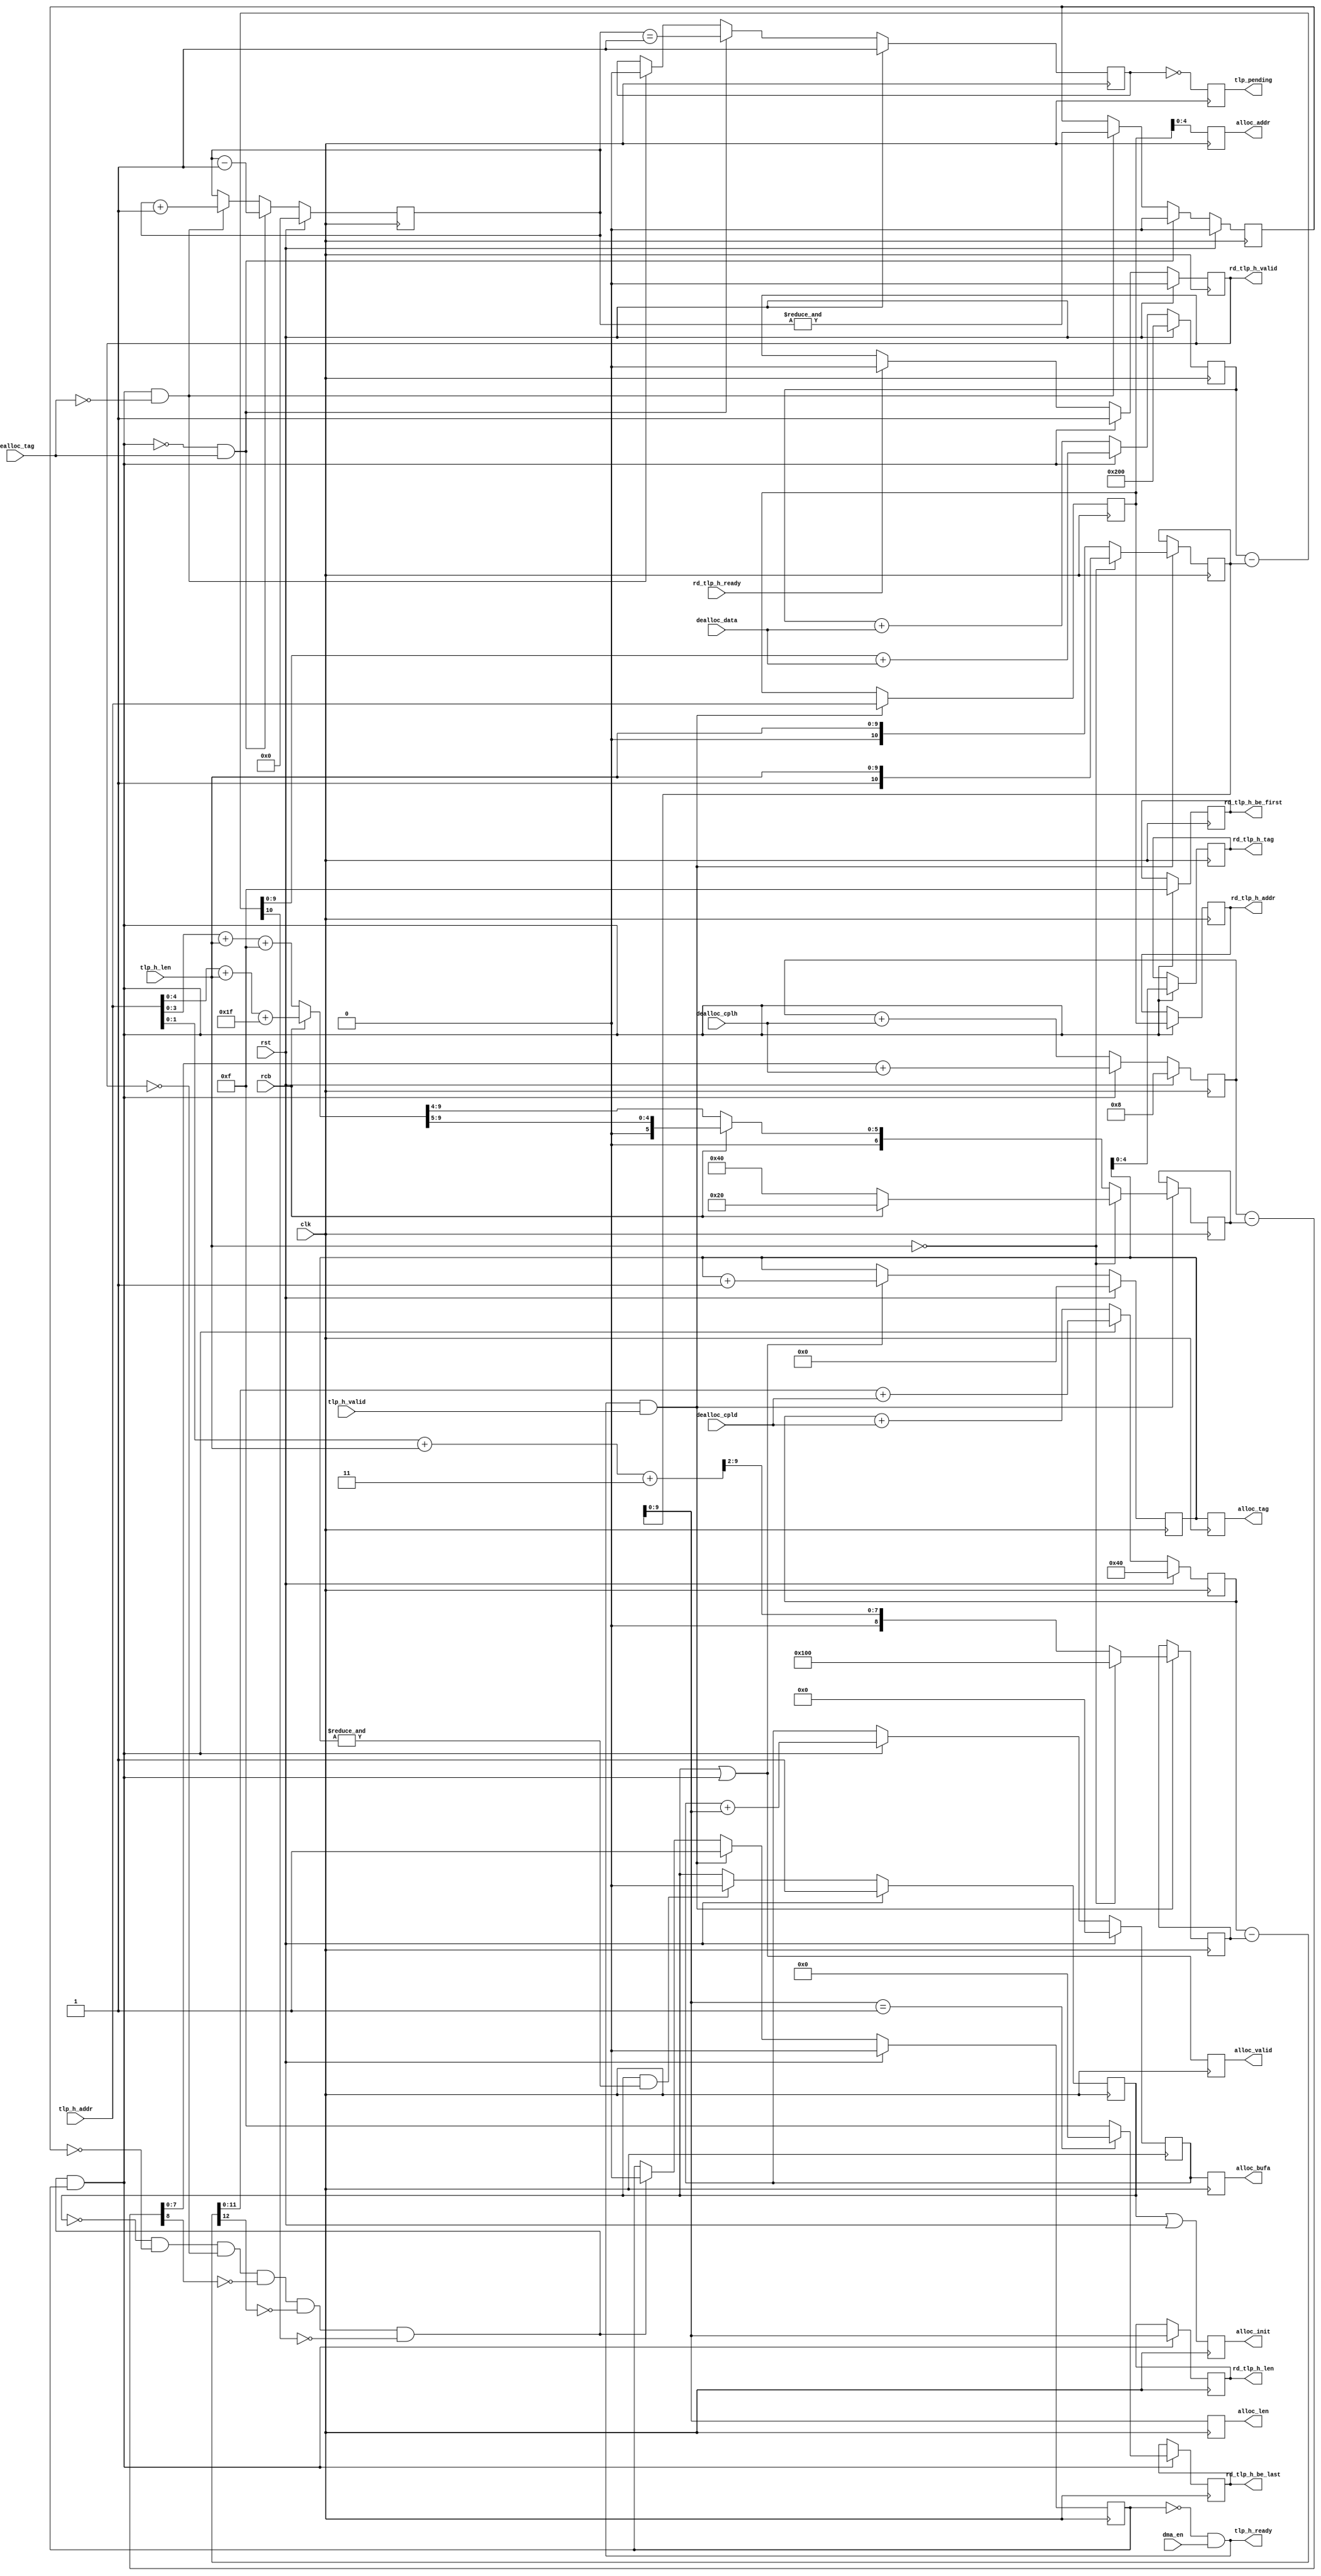

module dlsc_pcie_s6_outbound_read_alloc #(
    parameter ADDR      = 32,
    parameter TAG       = 5,
    parameter BUFA      = 9,
    parameter CPLH      = 8,    // receive buffer completion header space
    parameter CPLD      = 64,   // receive buffer completion data space
    parameter FCHB      = 8,
    parameter FCDB      = 12
) (
    // system
    input   wire                clk,
    input   wire                rst,
    
    // writes to tag memories in _cpl and _buffer
    output  reg                 alloc_init,
    output  reg                 alloc_valid,
    output  reg     [TAG:0]     alloc_tag,
    output  reg     [9:0]       alloc_len,
    output  reg     [6:2]       alloc_addr,
    output  reg     [BUFA:0]    alloc_bufa,

    // feedback from _cpl
    input   wire                dealloc_cplh,       // freed a header credit
    input   wire                dealloc_cpld,       // freed a data credit

    // feedback from _buffer
    input   wire                dealloc_tag,        // freed a tag
    input   wire                dealloc_data,       // freed a dword

    // TLP input from _req
    output  wire                tlp_h_ready,
    input   wire                tlp_h_valid,
    input   wire    [ADDR-1:2]  tlp_h_addr,
    input   wire    [9:0]       tlp_h_len,

    // TLP output to arbiter
    input   wire                rd_tlp_h_ready,
    output  reg                 rd_tlp_h_valid,
    output  reg     [ADDR-1:2]  rd_tlp_h_addr,
    output  reg     [9:0]       rd_tlp_h_len,
    output  reg     [TAG-1:0]   rd_tlp_h_tag,
    output  reg     [3:0]       rd_tlp_h_be_first,
    output  reg     [3:0]       rd_tlp_h_be_last,
    
    // PCIe config/status
    output  reg                 tlp_pending,        // transactions pending
    input   wire                dma_en,             // bus-mastering enabled
    input   wire                rcb                 // read completion boundary; 64 or 128 bytes
);

// ** Compute required space **

wire            h_ready;
reg             h_valid         = 1'b0;
wire            h_xfer          = h_ready && h_valid;

reg  [ADDR-1:2] h_addr          = 0;
reg  [10:0]     h_len           = 0;
reg  [6:0]      h_cplh          = 0;
reg  [8:0]      h_cpld          = 0;

// From Xilinx UG654:
// NP_CplH = ceiling[((Start_Address mod RCB     ) + Request_Size) / RCB] 
// NP_CplD = ceiling[((Start_Address mod 16 bytes) + Request_Size) / 16 bytes]

wire [9:0]      h_cplh_pre      = (rcb == 1'b1) ?
                                    ( {5'h0,tlp_h_addr[6:2]} + tlp_h_len + 10'd31 ) :  // 128
                                    ( {6'h0,tlp_h_addr[5:2]} + tlp_h_len + 10'd15 );   // 64

wire [9:0]      h_cpld_pre      =   ( {8'h0,tlp_h_addr[3:2]} + tlp_h_len + 10'd3  );   // 16

always @(posedge clk) begin
    if(tlp_h_ready && tlp_h_valid) begin
        h_addr      <= tlp_h_addr;
        if(tlp_h_len == 0) begin
            // special case for max length
            h_cplh      <= (rcb == 1'b0) ? 7'd64 : 7'd32;
            h_cpld      <= 9'd256;
            h_len       <= {1'b1,tlp_h_len};
        end else begin
            h_cplh      <= (rcb == 1'b0) ? {1'h0,h_cplh_pre[9:4]} : {2'h0,h_cplh_pre[9:5]};
            h_cpld      <= {1'b0,h_cpld_pre[9:2]};
            h_len       <= {1'b0,tlp_h_len};
        end
    end
end

assign          tlp_h_ready     = !h_valid && dma_en;

always @(posedge clk) begin
    if(rst) begin
        h_valid     <= 1'b0;
    end else begin
        if(h_ready) begin
            h_valid     <= 1'b0;
        end
        if(tlp_h_ready && tlp_h_valid) begin
            h_valid     <= 1'b1;
        end
    end
end


// ** Track space **

// Credits

reg  [FCHB-1:0] cplh_avail      = CPLH;
reg  [FCDB-1:0] cpld_avail      = CPLD;

wire [FCHB:0]   cplh_sub        = {1'b0, cplh_avail} - { {(FCHB-6){1'b0}}, h_cplh };
wire [FCDB:0]   cpld_sub        = {1'b0, cpld_avail} - { {(FCDB-8){1'b0}}, h_cpld };

// only okay if space is available (result of subtraction is non-negative)
wire            cplh_okay       = !cplh_sub[FCHB];
wire            cpld_okay       = !cpld_sub[FCDB];

always @(posedge clk) begin
    if(rst) begin
        cplh_avail          <= CPLH;
        cpld_avail          <= CPLD;
    end else begin
        if(h_xfer) begin
            cplh_avail              <= cplh_sub[FCHB-1:0] + { {(FCHB-1){1'b0}}, dealloc_cplh };
            cpld_avail              <= cpld_sub[FCDB-1:0] + { {(FCDB-1){1'b0}}, dealloc_cpld };
        end else begin
            cplh_avail              <= cplh_avail         + { {(FCHB-1){1'b0}}, dealloc_cplh };
            cpld_avail              <= cpld_avail         + { {(FCDB-1){1'b0}}, dealloc_cpld };
        end
    end
end

// Tags

reg  [TAG:0]    tag             = 0;
reg  [TAG-1:0]  tag_cnt         = 0;
reg             tag_zero        = 1'b1;
reg             tag_max         = 1'b0;
reg             tag_init        = 1'b1;
wire            tag_inc         = h_xfer;
wire            tag_dec         = dealloc_tag;

always @(posedge clk) begin
    if(rst) begin
        tag_cnt         <= 0;
        tag_zero        <= 1'b1;
        tag_max         <= 1'b0;
        tag             <= 0;
        tag_init        <= 1'b1;
    end else begin
        if(tag_init && (&tag)) begin
            // done initializing once we've written all tags once
            tag_init        <= 1'b0;
        end
        if(tag_init || tag_inc) begin
            tag             <= tag + 1;
        end
        if( tag_inc && !tag_dec) begin
            tag_cnt         <= tag_cnt + 1;
            tag_zero        <= 1'b0;
            tag_max         <= &tag_cnt;
        end
        if(!tag_inc &&  tag_dec) begin
            tag_cnt         <= tag_cnt - 1;
            tag_zero        <= (tag_cnt == 1);
            tag_max         <= 1'b0;
        end
    end
end

// Buffer

localparam      BUFS            = (BUFA<10) ? 10 : BUFA;
localparam      BUFA_PAD        = (BUFA<10) ? (10-BUFA) : 0;
localparam      LEN_PAD         = (BUFA>10) ? (BUFA-10) : 0;

reg  [BUFA:0]   buf_avail       = (2**BUFA);
wire [BUFS:0]   buf_avail_sub   = { {BUFA_PAD{1'b0}}, buf_avail } - { {LEN_PAD{1'b0}}, h_len };

reg  [BUFA:0]   buf_addr        = 0;
wire [BUFS:0]   buf_addr_add    = { {BUFA_PAD{1'b0}}, buf_addr } + { {LEN_PAD{1'b0}}, h_len };

wire            buf_okay        = !buf_avail_sub[BUFS];

always @(posedge clk) begin
    if(rst) begin
        buf_avail       <= (2**BUFA);
        buf_addr        <= 0;
    end else begin

        if(h_xfer) begin
            buf_addr        <= buf_addr_add[BUFA:0];
            buf_avail       <= buf_avail_sub[BUFA:0] + { {BUFA{1'b0}}, dealloc_data };
        end else begin
            buf_avail       <= buf_avail             + { {BUFA{1'b0}}, dealloc_data };
        end

    end
end


// Only if there is free space everywhere can we allow this transaction..
assign          h_ready         = !tag_init && !tag_max && !rd_tlp_h_valid &&
                                    cplh_okay && cpld_okay && buf_okay;

// register alloc outputs
always @(posedge clk) begin
    alloc_init      <= tag_init || rst;
    alloc_valid     <= tag_init || h_xfer;
    alloc_tag       <= tag;
    alloc_len       <= h_len[9:0];
    alloc_addr      <= h_addr[6:2];
    alloc_bufa      <= buf_addr;
    tlp_pending     <= !tag_zero;
end


// ** TLP output **

always @(posedge clk) begin
    if(rst) begin
        rd_tlp_h_valid  <= 1'b0;
    end else begin
        if(rd_tlp_h_ready) begin
            rd_tlp_h_valid  <= 1'b0;
        end
        if(h_xfer) begin
            rd_tlp_h_valid  <= 1'b1;
        end
    end
end

always @(posedge clk) begin
    if(h_xfer) begin
        rd_tlp_h_addr       <= h_addr;
        rd_tlp_h_len        <= h_len[9:0];
        rd_tlp_h_tag        <= tag[TAG-1:0];
        rd_tlp_h_be_first   <= 4'hF;
        rd_tlp_h_be_last    <= (h_len[9:0] == 10'd1) ? 4'h0 : 4'hF;
    end
end


endmodule